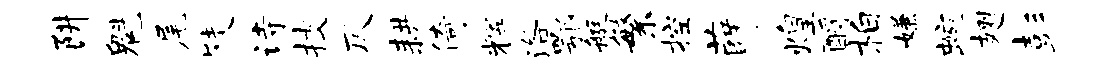
阱魁尾陡诗技仄耕倚辉洛鄂艇繁控薛煌酹柏嫌蜿翅彭